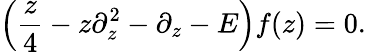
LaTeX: \left({\frac{z}{4}}-z\partial_{z}^{2}-\partial_{z}-E\right)f(z)=0.